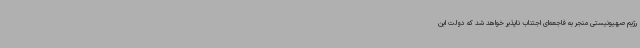
رژیم صهیونیستی منجر به فاجعه‌ای اجتناب ناپذیر خواهد شد که دولت این